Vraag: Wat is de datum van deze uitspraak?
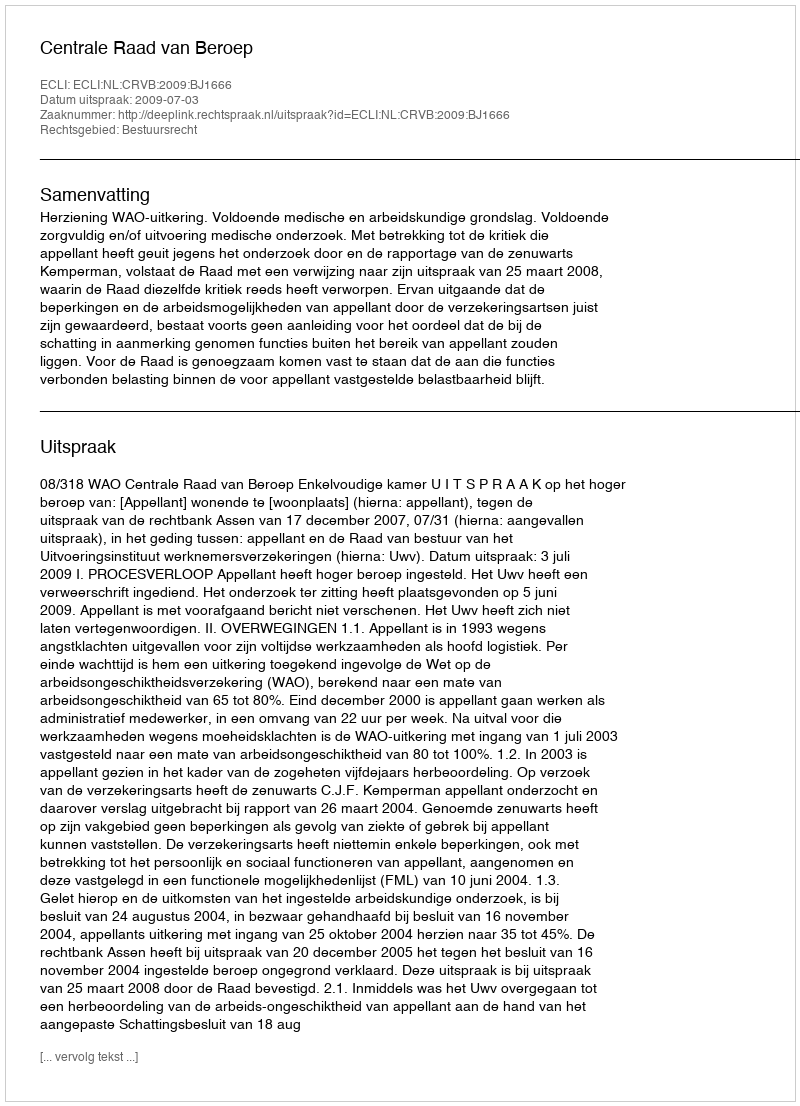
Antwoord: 2009-07-03